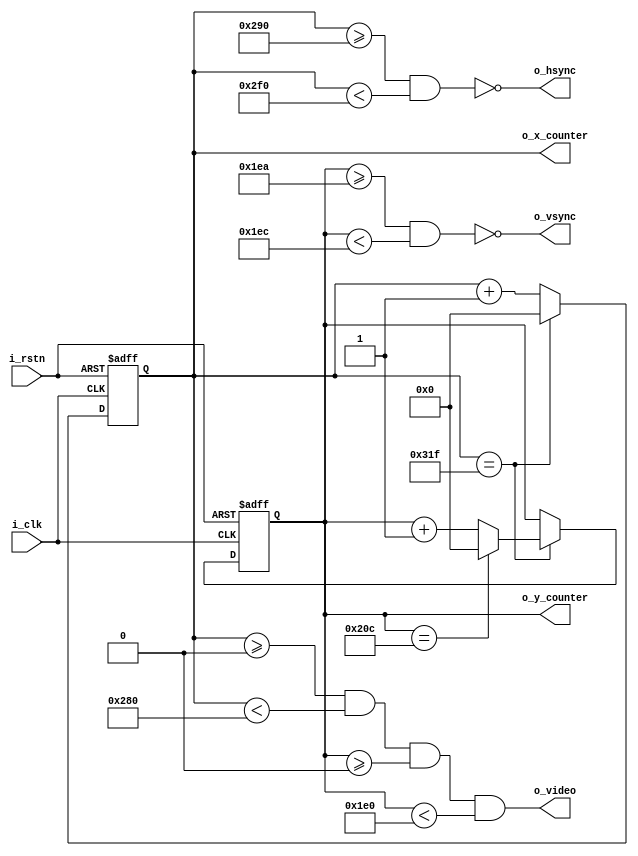
`timescale 1ns / 1ps
`default_nettype none

/*
 *  Parameters set for 25 MHz Pixel Clock, 640 x 480 resolution
 *
 *  Generates VGA vertical/horiztonal sync pulses and outputs
 *  a valid video signal using two counters
 *  
 *  NOTE: 
 *  - Valid video area is asserted/deasserted immediately 
 *          Asserted: 
 *              X -> [0, 639]
 *              Y -> [0, 479]
 *  - Range of X,Y counters are 0-799 and 0-524, respectively
 * 
 */

module vga_driver
#(parameter hDisp  = 640, 
    parameter hFp    = 16,
    parameter hPulse = 96,
    parameter hBp    = 48,   
    parameter vDisp  = 480,
    parameter vFp    = 10,   
    parameter vPulse = 2,
    parameter vBp    = 33)
    (   input wire          i_clk,
        input wire          i_rstn,
        output wire [9:0]   o_x_counter,
        output wire [9:0]   o_y_counter,
        output wire         o_video,
        output wire         o_hsync,
        output wire         o_vsync
    );
     
     // Horizonal timing     hEND = 800
     localparam hEND        = hDisp + hFp + hPulse + hBp; 
     localparam hSyncStart  = hDisp + hFp;
     localparam hSyncEnd    = hDisp + hFp + hPulse;
             
     // Vertical timing      vEND = 524
     localparam vEND        = vDisp + vFp + vPulse + vBp;
     localparam vSyncStart  = vDisp + vFp;
     localparam vSyncEnd    = vDisp + vFp + vPulse;
     
     reg [9:0] hc;
     reg [9:0] vc; 
     
     always@(posedge i_clk or negedge i_rstn)
        begin
            if(!i_rstn) begin
                hc      <= 0;
                vc      <= 0;
            end
            else begin
                if(hc == hEND-1)
                begin
                    hc <= 0;
                    if(vc == vEND-1)
                    vc <= 0; 
                    else
                        vc <= vc + 1'b1;
                end 
                else
                    hc <= hc + 1'b1; 
            end
        end 
        
     // Output (x,y) coordinates of the pixel and timing signals
     assign o_x_counter = hc;
     assign o_y_counter = vc;
     assign o_video     = ((hc >= 0) && (hc < hDisp) && (vc >= 0)  && (vc < vDisp)); 
     assign o_hsync     = ~((hc >= hSyncStart) && (hc < hSyncEnd));
     assign o_vsync     = ~((vc >= vSyncStart) && (vc < vSyncEnd)); 
                        
endmodule